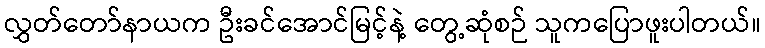
လွှတ်တော်နာယက ဦးခင်အောင်မြင့်နဲ့ တွေ့ဆုံစဉ် သူကပြောဖူးပါတယ်။